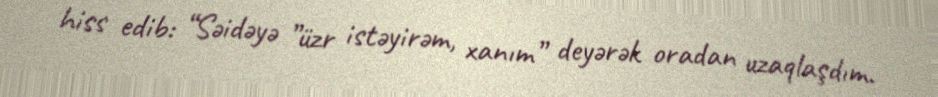
hiss edib: “Səidəyə ”üzr istəyirəm, xanım” deyərək oradan uzaqlaşdım.